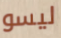
ليسو